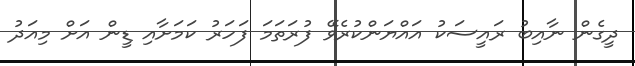
ދީގެން ނާއިބު ރައީސަކު އައްޔަންކުރެވޭ ފުރަތަމަ ފަހަރު ކަމަށާއި ޑީން އަށް މިއަދު